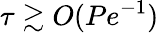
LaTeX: \tau\gtrsim O(Pe^{-1})